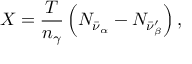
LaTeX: X = { \frac { T } { n _ { \gamma } } } \left( N _ { \bar { \nu } _ { \alpha } } - N _ { \bar { \nu } _ { \beta } ^ { \prime } } \right) ,